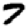
Digit: 7